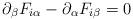
LaTeX: \begin{align*}\partial_{\beta} F_{i\alpha} - \partial_{\alpha} F_{i\beta} = 0\end{align*}